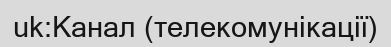
uk:Канал (телекомунікації)